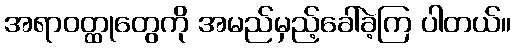
အရာဝတ္ထုတွေကို အမည်မှည့်ခေါ်ခဲ့ကြ ပါတယ်။